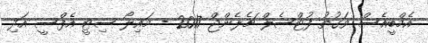
އެމްބީއެސް ވަގުތު ފުޓްސެލް ޗެލެންޖް 2017 - މައިލޯ ސިޓީ އެފްސީ އަދި